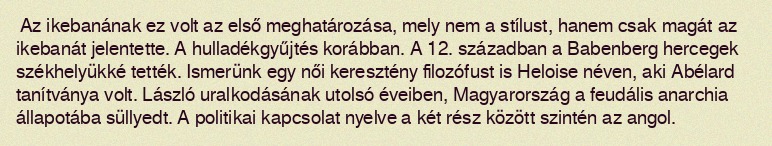
Az ikebanának ez volt az első meghatározása, mely nem a stílust, hanem csak magát az ikebanát jelentette. A hulladékgyűjtés korábban. A 12. században a Babenberg hercegek székhelyükké tették. Ismerünk egy női keresztény filozófust is Heloise néven, aki Abélard tanítványa volt. László uralkodásának utolsó éveiben, Magyarország a feudális anarchia állapotába süllyedt. A politikai kapcsolat nyelve a két rész között szintén az angol.